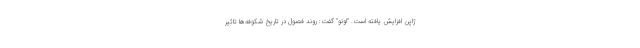
ژاپن افزایش یافته است. "اونو" گفت: روند فصول در تاریخ شکوفه‌ها تاثیر